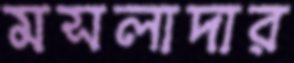
মসলাদার